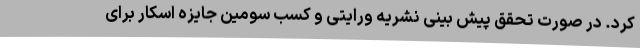
کرد. در صورت تحقق پیش بینی نشریه ورایتی و کسب سومین جایزه اسکار برای